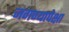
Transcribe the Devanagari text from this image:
जगण्यापेक्षा